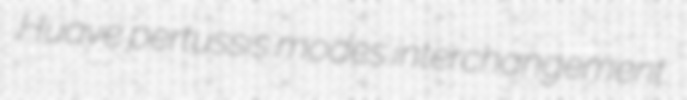
Huave pertussis modes interchangement